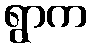
ရွာက